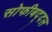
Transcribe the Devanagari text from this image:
सोफीबद्दल